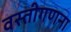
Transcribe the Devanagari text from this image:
वस्तीगणना